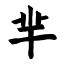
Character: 芈